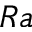
\boldsymbol { R a }